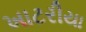
ખાટરીયા